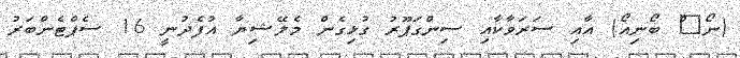
(ނޯ^ް ބޯނިއޯ) އާއި ސަރަވާކާއި ސިންގަޕޫރު ގުޅިގެން މެލޭޝިޔާ އުފެދުނީ 16 ސެޕްޓެންބަރު